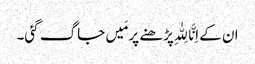
ان کے اِنَّا لِلّٰہِ پڑھنے پر مَیں جاگ گئی۔